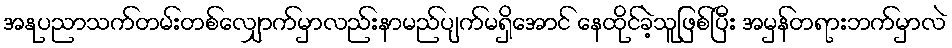
အနုပညာသက်တမ်းတစ်လျှောက်မှာလည်းနာမည်ပျက်မရှိအောင် နေထိုင်ခဲ့သူဖြစ်ပြီး အမှန်တရားဘက်မှာလဲ